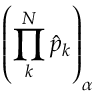
\left( \prod _ { k } ^ { N } \hat { p } _ { k } \right) _ { \alpha }